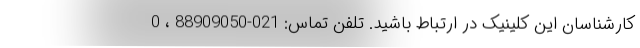
کارشناسان این کلینیک در ارتباط باشید. تلفن تماس: 021-88909050 ، 0